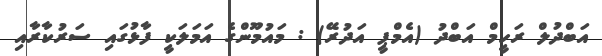
އަބްދުލް ރަހީމް އަބްދު (އެމްޕީ އަދުރޭ) : މައުމޫންގެ އަމަލަކީ ފާޅުގައި ސަރުކާރާއި